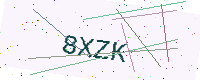
Text: 8XZK